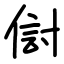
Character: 傠